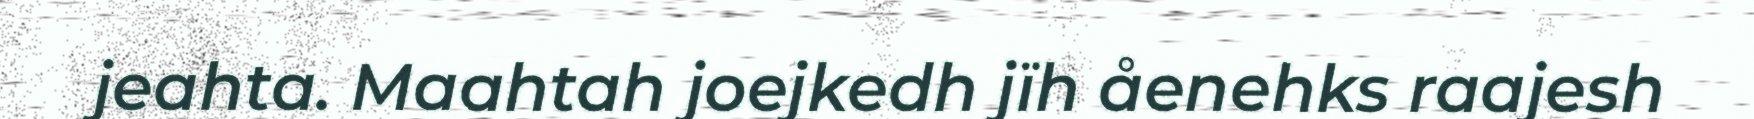
jeahta. Maahtah joejkedh jïh åenehks raajesh